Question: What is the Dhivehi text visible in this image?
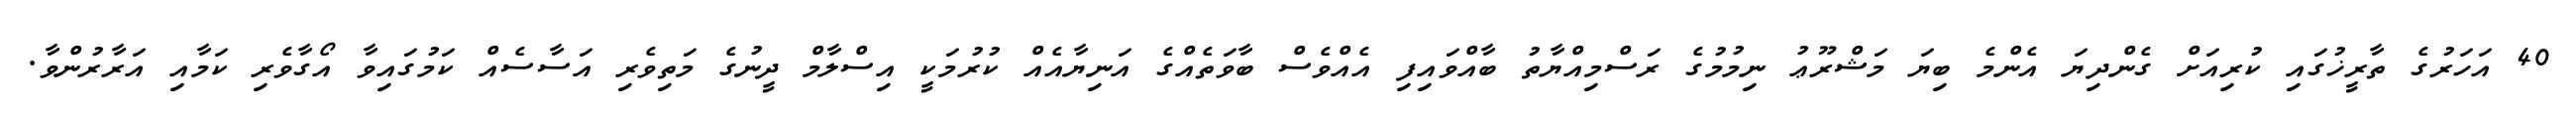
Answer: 40 އަހަރުގެ ތާރީޚުގައި ކުރިއަށް ގެންދިޔަ އެންމެ ބިޔަ މަޝްރޫޢު ނިމުމުގެ ރަސްމިއްޔާތު ބާއްވައިފި އެއްވެސް ބާވަތެއްގެ އަނިޔާއެއް ކުރުމަކީ އިސްލާމް ދީނުގެ މަތިވެރި އަސާސެއް ކަމުގައިވާ އޯގާވެރި ކަމާއި އަރާރުންވާ.